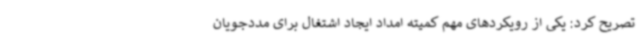
تصریح کرد: یکی از رویکردهای مهم کمیته امداد ایجاد اشتغال برای مددجویان